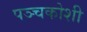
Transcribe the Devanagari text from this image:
पञ्चकोशी